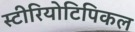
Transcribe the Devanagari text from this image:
स्टीरियोटिपिकल